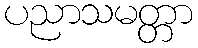
ပညာသမတ္တာ